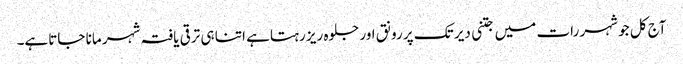
آج کل جو شہر رات میں جتنی دیر تک پر رونق اور جلوہ ریز رہتاہے اتنا ہی ترقی یافتہ شہر مانا جاتاہے۔